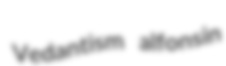
Vedantism alfonsin